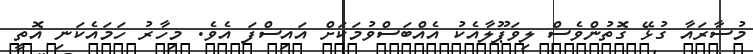
މުސާރައާ ގުޅޭ ގޮތުންވެސް ލިވަޕޫލާއެކު އެއްބަސްވުމަކަށް އައިސްފަ އެވެ. މިހާރު ހަމައެކަނި އޮތީ